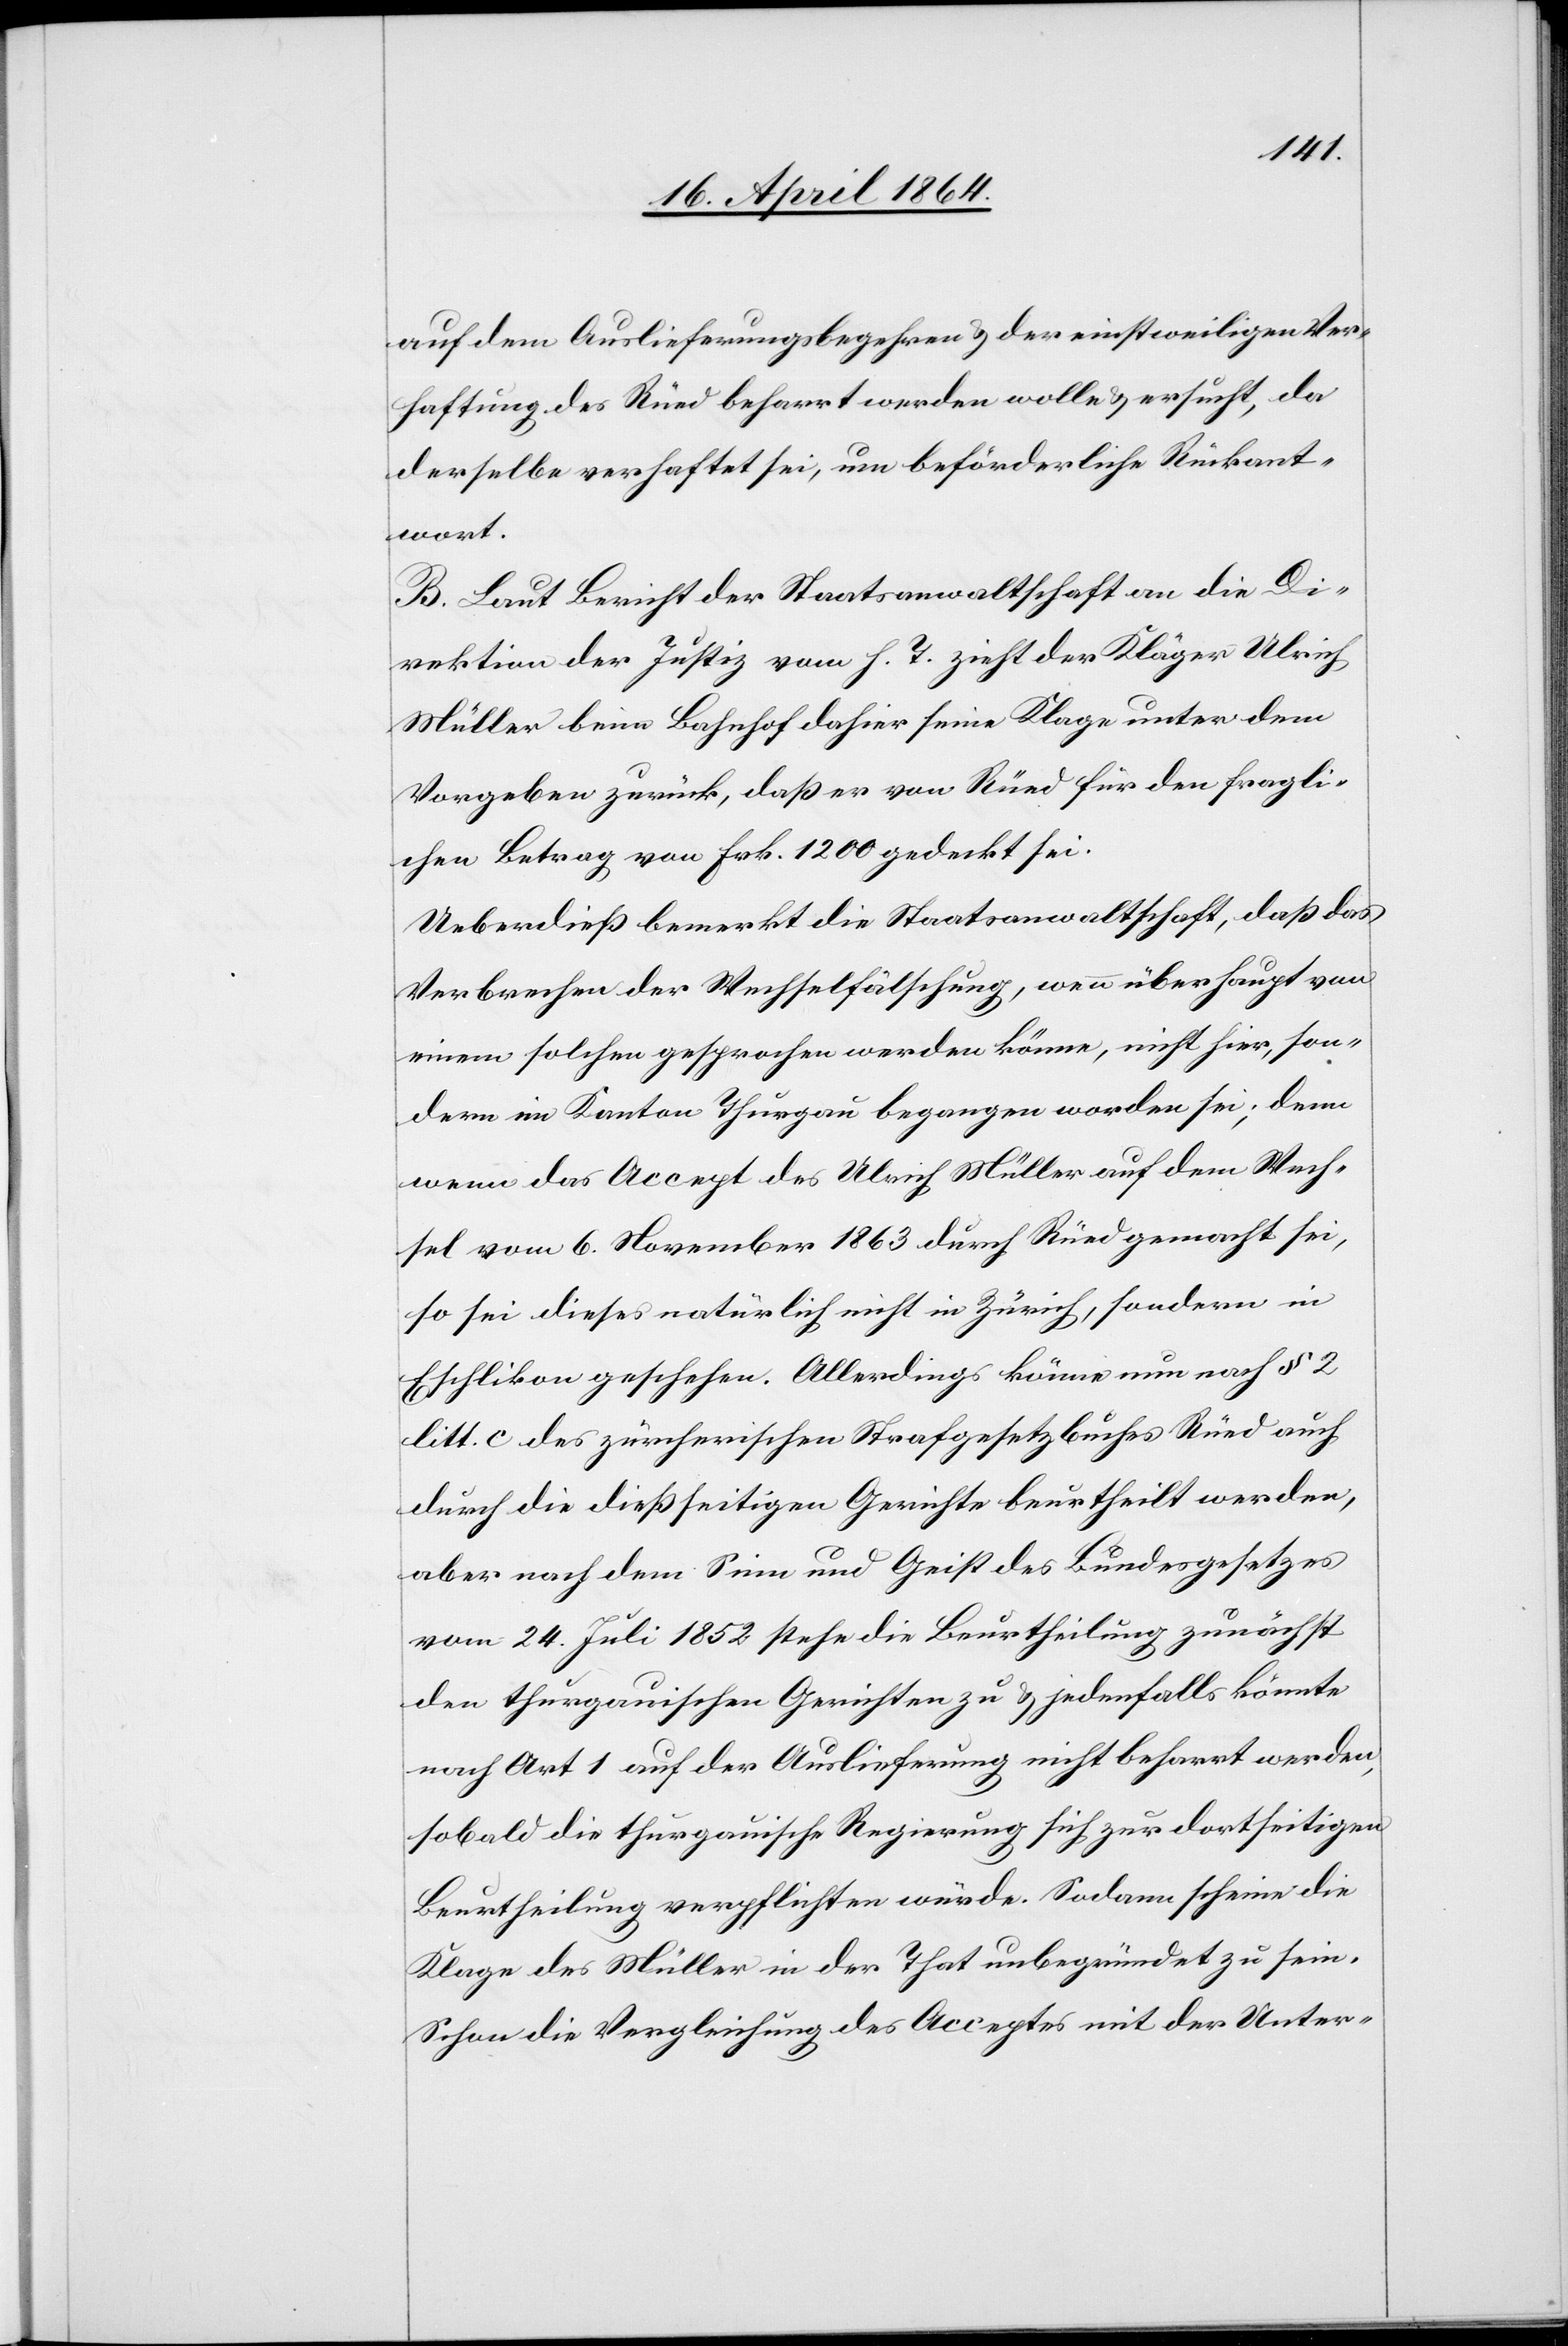
auf dem Auslieferungsbegehren u. der einstweiligen Ver¬
haftung des Rüed beharrt werden wolle u. ersucht, da
derselbe verhaftet sei, um beförderliche Rückant¬
wort.
B. Laut Bericht der Staatsanwaltschaft an die Di¬
rektion der Justiz vom h. T. zieht der Kläger Ulrich
Müller beim Bahnhof dahier seine Klage unter dem
Vorgeben zurück, daß er von Rüed für den fragli¬
chen Betrag von Frk. 1200 gedeckt sei.
Ueberdieß bemerkt die Staatsanwaltschaft, daß das
Verbrechen der Wechselfälschung, wenn überhaupt von
einem solchen gesprochen werden könne, nicht hier, son¬
dern im Kanton Thurgau begangen worden sei; denn
wenn das Accept des Ulrich Müller auf dem Wech¬
sel vom 6. November 1863 durch Rüed gemacht sei,
so sei dieses natürlich nicht in Zürich, sondern in
Eschlikon geschehen. Allerdings könne nun nach § 2
litt. c. des zürcherischen Strafgesetzbuches Rüed auch
durch die dießseitigen Gerichte beurtheilt werden,
aber nach dem Sinn und Geist des Bundesgesetzes
vom 24. Juli 1852 stehe die Beurtheilung zunächst
den thurgauischen Gerichten zu u. jedenfalls könnte
nach Art 1 auf der Auslieferung nicht beharrt werden,
sobald die thurgauische Regierung sich zur dortseitigen
Beurtheilung verpflichten würde. Sodann scheine die
Klage des Müller in der That unbegründet zu sein.
Schon die Vergleichung des Acceptes mit der Unter-